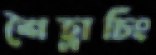
শৈহ্লাচিং